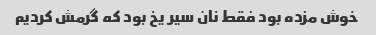
خوش مزده بود فقط نان سیر یخ بود که گرمش کردیم